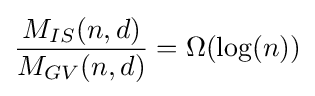
{\frac {M_{IS}(n,d)}{M_{GV}(n,d)}}=\Omega (\log(n))